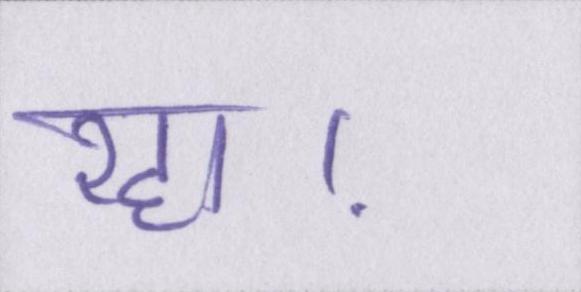
रहा।